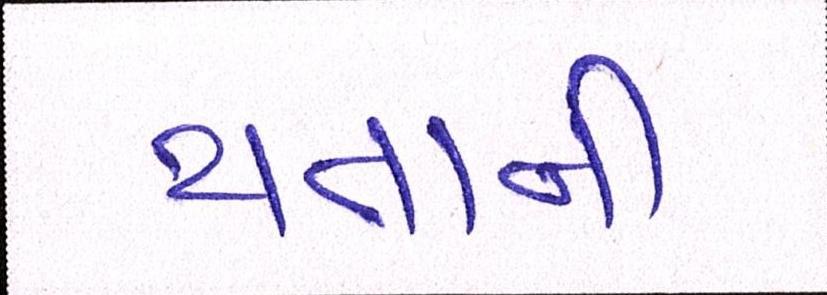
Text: થતાની